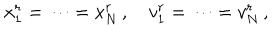
LaTeX: x _ { 1 } ^ { r } = \cdots = x _ { N } ^ { r } \, , \quad v _ { 1 } ^ { r } = \cdots = v _ { N } ^ { r } \, ,